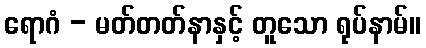
ရောဂံ - မတ်တတ်နာနှင့် တူသော ရုပ်နာမ်။